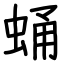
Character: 蛹